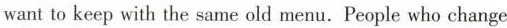
want to keep with the same old menu. People who change